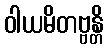
ဝါယမိတဗ္ဗန္တိ